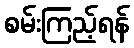
စမ်းကြည့်ရန်